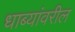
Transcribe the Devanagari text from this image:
धाब्यांवरील